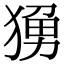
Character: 𬌼